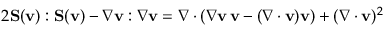
2 \mathbf { S } ( \mathbf { v } ) : \mathbf { S } ( \mathbf { v } ) - \nabla \mathbf { v } : \nabla \mathbf { v } = \nabla \cdot ( \nabla \mathbf { v } \, \mathbf { v } - ( \nabla \cdot \mathbf { v } ) \mathbf { v } ) + ( \nabla \cdot \mathbf { v } ) ^ { 2 }